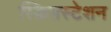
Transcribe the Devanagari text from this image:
स्क्रिप्तस्टेशन